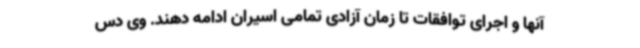
آنها و اجرای توافقات تا زمان آزادی تمامی اسیران ادامه دهند. وی دس